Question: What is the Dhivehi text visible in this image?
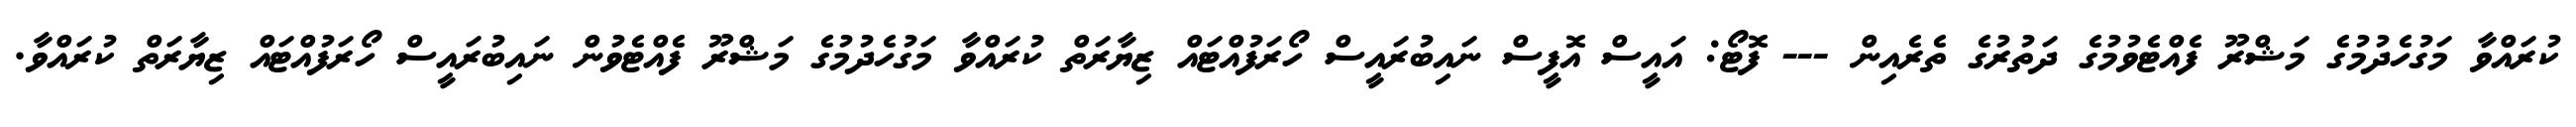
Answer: ކުރައްވާ މަގުހެދުމުގެ މަޝްރޫ ފެއްޓެވުމުގެ ދަތުރުގެ ތެރެއިން --- ފޮޓޯ: އައީސް އޮފީސް ނައިބުރައީސް ހޯރަފުއްޓައް ޒިޔާރަތް ކުރައްވާ މަގުހެދުމުގެ މަޝްރޫ ފެއްޓެވުން ނައިބުރައީސް ހޯރަފުއްޓައް ޒިޔާރަތް ކުރައްވާ.